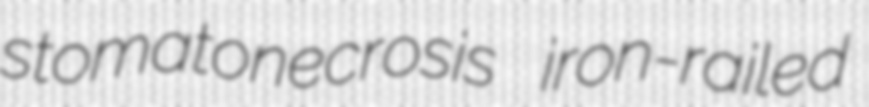
stomatonecrosis iron-railed